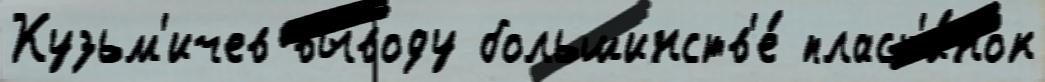
Кузьм'ичев вы́воду большинств'е́ пласт'и́нок